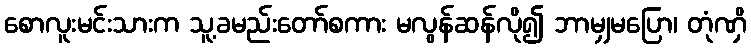
စောလူးမင်းသားက သူ့ခမည်းတော်စကား မလွန်ဆန်လို၍ ဘာမျှမပြော၊ တုံဏှိ